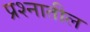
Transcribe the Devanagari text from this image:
प्रश्नातील